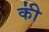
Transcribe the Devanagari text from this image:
की॑